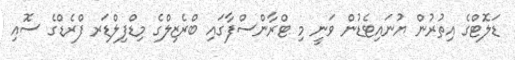
ޑަލޮޓްގެ އިތުރުން ޔުނައިޓެޑުން ވަނީ މި ޓްރާންސްފާގައި ބްރެޒިލްގެ މިޑްފިލްޑަރ ފްރެޑްގެ ސޮއި